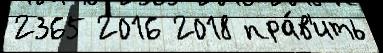
2365 2016 2018 пра́в'ить